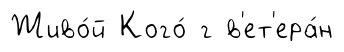
Живо́й Кого́ г в'ет'ера́н